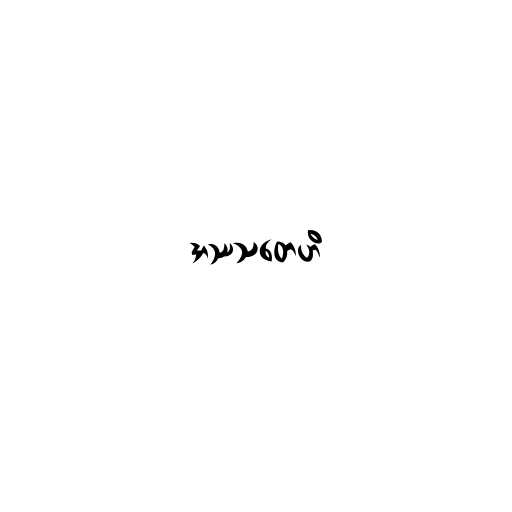
အဿသတေဟိ